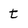
Character: t